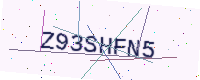
Text: Z93SHFN5